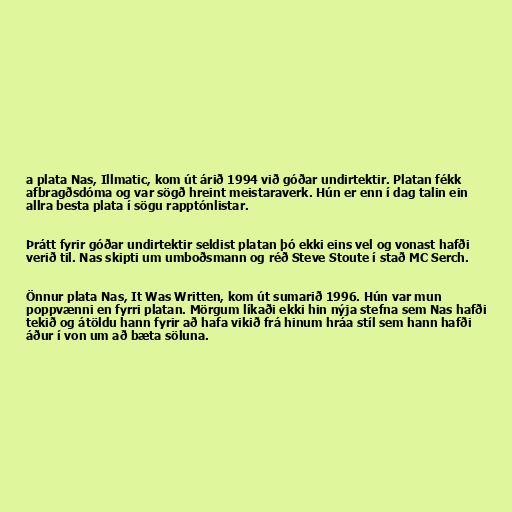
a plata Nas, Illmatic, kom út árið 1994 við góðar undirtektir. Platan fékk
afbragðsdóma og var sögð hreint meistaraverk. Hún er enn í dag talin ein
allra besta plata í sögu rapptónlistar.

Þrátt fyrir góðar undirtektir seldist platan þó ekki eins vel og vonast hafði
verið til. Nas skipti um umboðsmann og réð Steve Stoute í stað MC Serch.

Önnur plata Nas, It Was Written, kom út sumarið 1996. Hún var mun
poppvænni en fyrri platan. Mörgum líkaði ekki hin nýja stefna sem Nas hafði
tekið og átöldu hann fyrir að hafa vikið frá hinum hráa stíl sem hann hafði
áður í von um að bæta söluna.